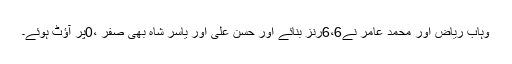
وہاب ریاض اور محمد عامر نے6،6رنز بنائے اور حسن علی اور یاسر شاہ بھی صفر ،0پر آؤٹ ہوئے۔